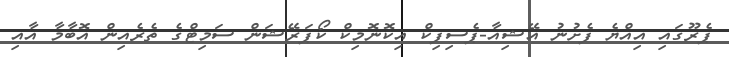
ޕެރޫގައި އިއްޔެ ފެށުނު އޭޝިއާ-ޕެސިފިކް އިކޮނޮމިކް ކޯޕަރޭޝަން ސަމިޓްގެ ތެރެއިން އޮބާމާ އާއި